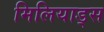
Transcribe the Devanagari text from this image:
मिलियाड्स